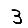
Digit: 3